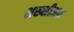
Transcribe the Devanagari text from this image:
शख्शीअत